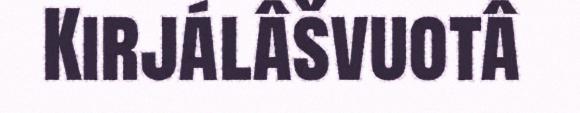
Kirjálâšvuotâ